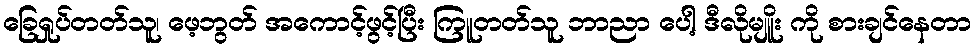
ခြေရှုပ်တတ်သူ၊ ဖေ့ဘွတ် အကောင့်ဖွင့်ပြီး ကြူတတ်သူ ဘာညာ ပေါ့ ဒီလိုမျိူး ကို စားချင်နေတာ